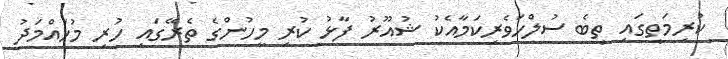
ކުރިމަތީގައި ތިބެ ސުލްހަވެރިކަމާއެކު ޝުއޫރު ފާޅު ކުރި މީހުންގެ ތެރޭގައި ހުރި މުހައްމަދު